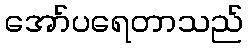
အော်ပရေတာသည်